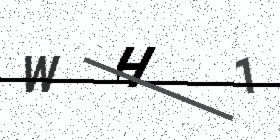
Text: WH1